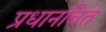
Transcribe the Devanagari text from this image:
प्रधानवित